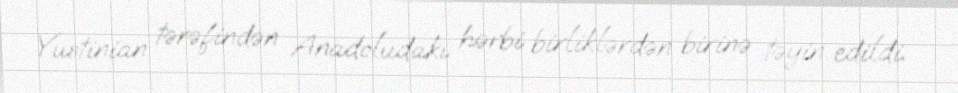
Yustinian tərəfindən Anadoludakı hərbi birliklərdən birinə təyin edildi.